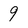
Character: 9